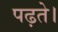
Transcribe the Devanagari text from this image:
पढ़ते।